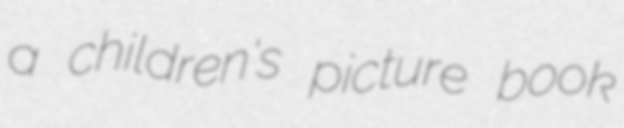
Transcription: a children's picture book